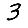
Digit: 3